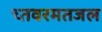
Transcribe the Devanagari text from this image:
च्तवरमतजल